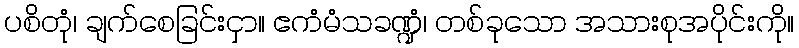
ပစိတုံ၊ ချက်စေခြင်းငှာ။ ဧကံမံသခဏ္ဍံ၊ တစ်ခုသော အသားစုအပိုင်းကို။